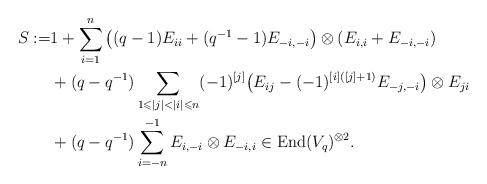
LaTeX: \begin{align*}S:=&1+\sum\limits_{i=1}^n\big((q-1)E_{ii}+(q^{-1}-1)E_{-i,-i}\big)\otimes (E_{i,i}+E_{-i,-i})\\&+(q-q^{-1})\sum\limits_{1\leqslant|j|<|i|\leqslant n}(-1)^{[j]}\big(E_{ij}-(-1)^{[i]([j]+1)}E_{-j,-i}\big)\otimes E_{ji}\\&+(q-q^{-1})\sum\limits_{i=-n}^{-1}E_{i,-i}\otimes E_{-i,i}\in\mathrm{End}(V_q)^{\otimes 2}.\end{align*}